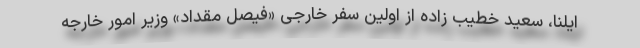
ایلنا، سعید خطیب زاده از اولین سفر خارجی «فیصل مقداد» وزیر امور خارجه